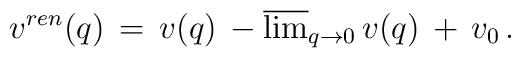
v^{ren}(q)\,=\,v(q)\,-\overline{\lim}_{q\to 0}\,v(q)\,+\,v_0\,{.}